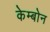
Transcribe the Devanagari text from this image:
केम्बोन